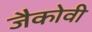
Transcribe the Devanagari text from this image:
जैकोवी